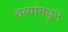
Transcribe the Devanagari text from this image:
डब्यांमधून